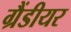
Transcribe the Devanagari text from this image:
ग्रैंडीयर